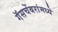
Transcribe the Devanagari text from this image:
गॅसचेंबरांमध्ये